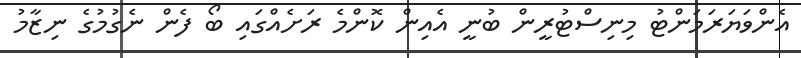
އެންވަޔަރަމަންޓު މިނިސްޓުރީން ބުނީ އެއިން ކޮންމެ ރަށެއްގައި ބޯ ފެން ނެގުމުގެ ނިޒާމު